Vaccination in Burma 1920-1933 - 1920-1933
Year: 1920
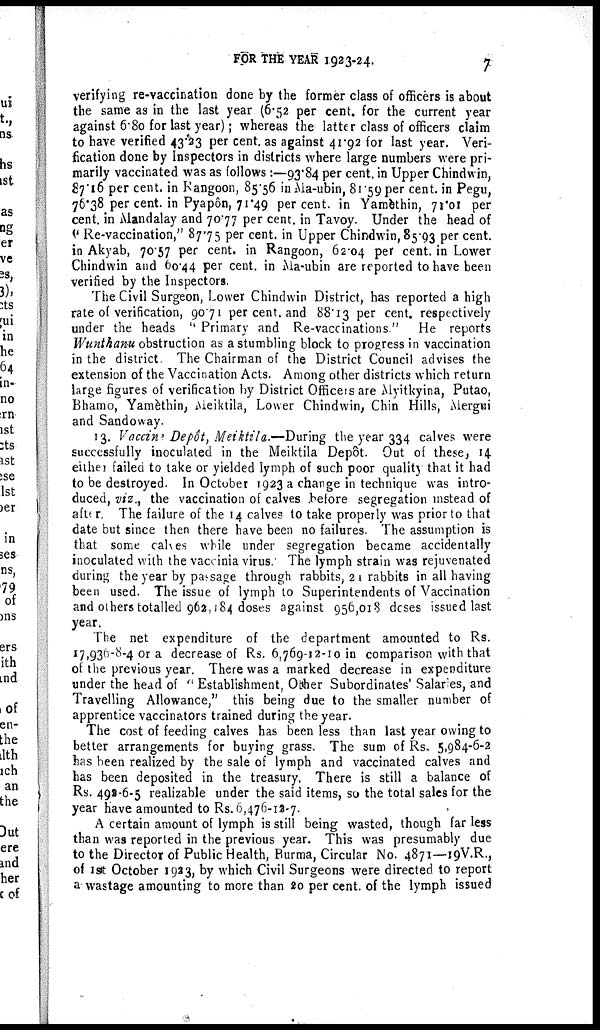
FOR THE YEAR 1923-24.
7
verifying re-vaccination done by the former class of officers is about
the same as in the last year (6.52 per cent. for the current year
against 6.80 for last year); whereas the latter class of officers claim
to have verified 43.23per cent. as against 41.92 for last year. Veri-
fication done by Inspectors in districts where large numbers were pri-
marily vaccinated was as follows :—93.84 per cent. in Upper Chindwin,
87.16 per cent. in Rangoon, 85.56 inAla-ubin, 81.59 per cent. in Pegu,
76.38 per cent. in Pyapôn, 71.49 per cent. in Yamtèthin, 71.01 per
cent. in Mandalay and 70.77 per cent. in Tavoy. Under the head of
'' Re-vaccination," 87.75 per cent. in Upper Chindwin, 85.93 per cent.
in Akyab, 70.57 per cent. in Rangoon, 62.04 per cent. in Lower
Chindwin and 60.44 per cent. in Ma-ubin are reported to have been
verified by the Inspectors.
The Civil Surgeon, Lower Chindwin District, has reported a high
rate of verification, 90.71 per cent. and 88.13 per cent. respectively
under the heads " Primary and Re-vaccinations." He reports
Wunthanu obstruction as a stumbling block to progress in vaccination
in the district. The Chairman of the District Council advises the
extension of the Vaccination Acts. Among other districts which return
large figures of verification by District Officers are Myitkyina, Putao,
Bhamo, Yamèthin, Meiktila, Lower Chindwin, Chin Hills, Mergui
and Sandoway.
13. Vaccine Depôt, Meiktila.—During the year 334 calves were
successfully inoculated in the Meiktila Depôt. Out of these, 14
either failed to take or yielded lymph of such poor quality that it had
to be destroyed. In October 1923 a change in technique was intro-
duced, viz., the vaccination of calves before segregation instead of
afterr. The failure of the 14 calves to take properly was prior to that
date but since then there have been no failures. The assumption is
that some calves while under segregation became accidentally
inoculated with the vaccinia virus. The lymph strain was rejuvenated
during the year by passage through rabbits, 21 rabbits in all having
been used. The issue of lymph to Superintendents of Vaccination
and others totalled 962,184 doses against 956,018 doses issued last
year.
The net expenditure of the department amounted to Rs.
17,936-8-4 or a decrease of Rs. 6,769-12-10 in comparison with that
of the previous year. There was a marked decrease in expenditure
under the head of " Establishment, Other Subordinates' Salaries, and
Travelling Allowance," this being due to the smaller number of
apprentice vaccinators trained during the year.
The cost of feeding calves has been less than last year owing to
better arrangements for buying grass. The sum of Rs. 5,984-6-2
has been realized by the sale of lymph and vaccinated calves and
has been deposited in the treasury. There is still a balance of
Rs. 492-6-5 realizable under the said items, so the total sales for the
year have amounted to Rs. 6,476-12-7.
A certain amount of lymph is still being wasted, though far less
than was reported in the previous year. This was presumably due
to the Director of Public Health, Burma, Circular No. 4871—19V.R.,
of 1st October 1923, by which Civil Surgeons were directed to report
a wastage amounting to more than 20 per cent. of the lymph issued